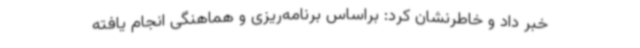
خبر داد و خاطرنشان کرد: براساس برنامه‌ریزی و هماهنگی انجام یافته